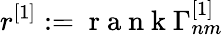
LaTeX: r^{[1]}:=\mathrm{~r~a~n~k~}\Gamma_{nm}^{[1]}